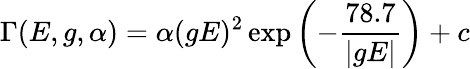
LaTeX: \Gamma(E,g,\alpha)=\alpha(gE)^{2}\exp{\left(-\frac{78.7}{\vert gE\vert}\right)}+c